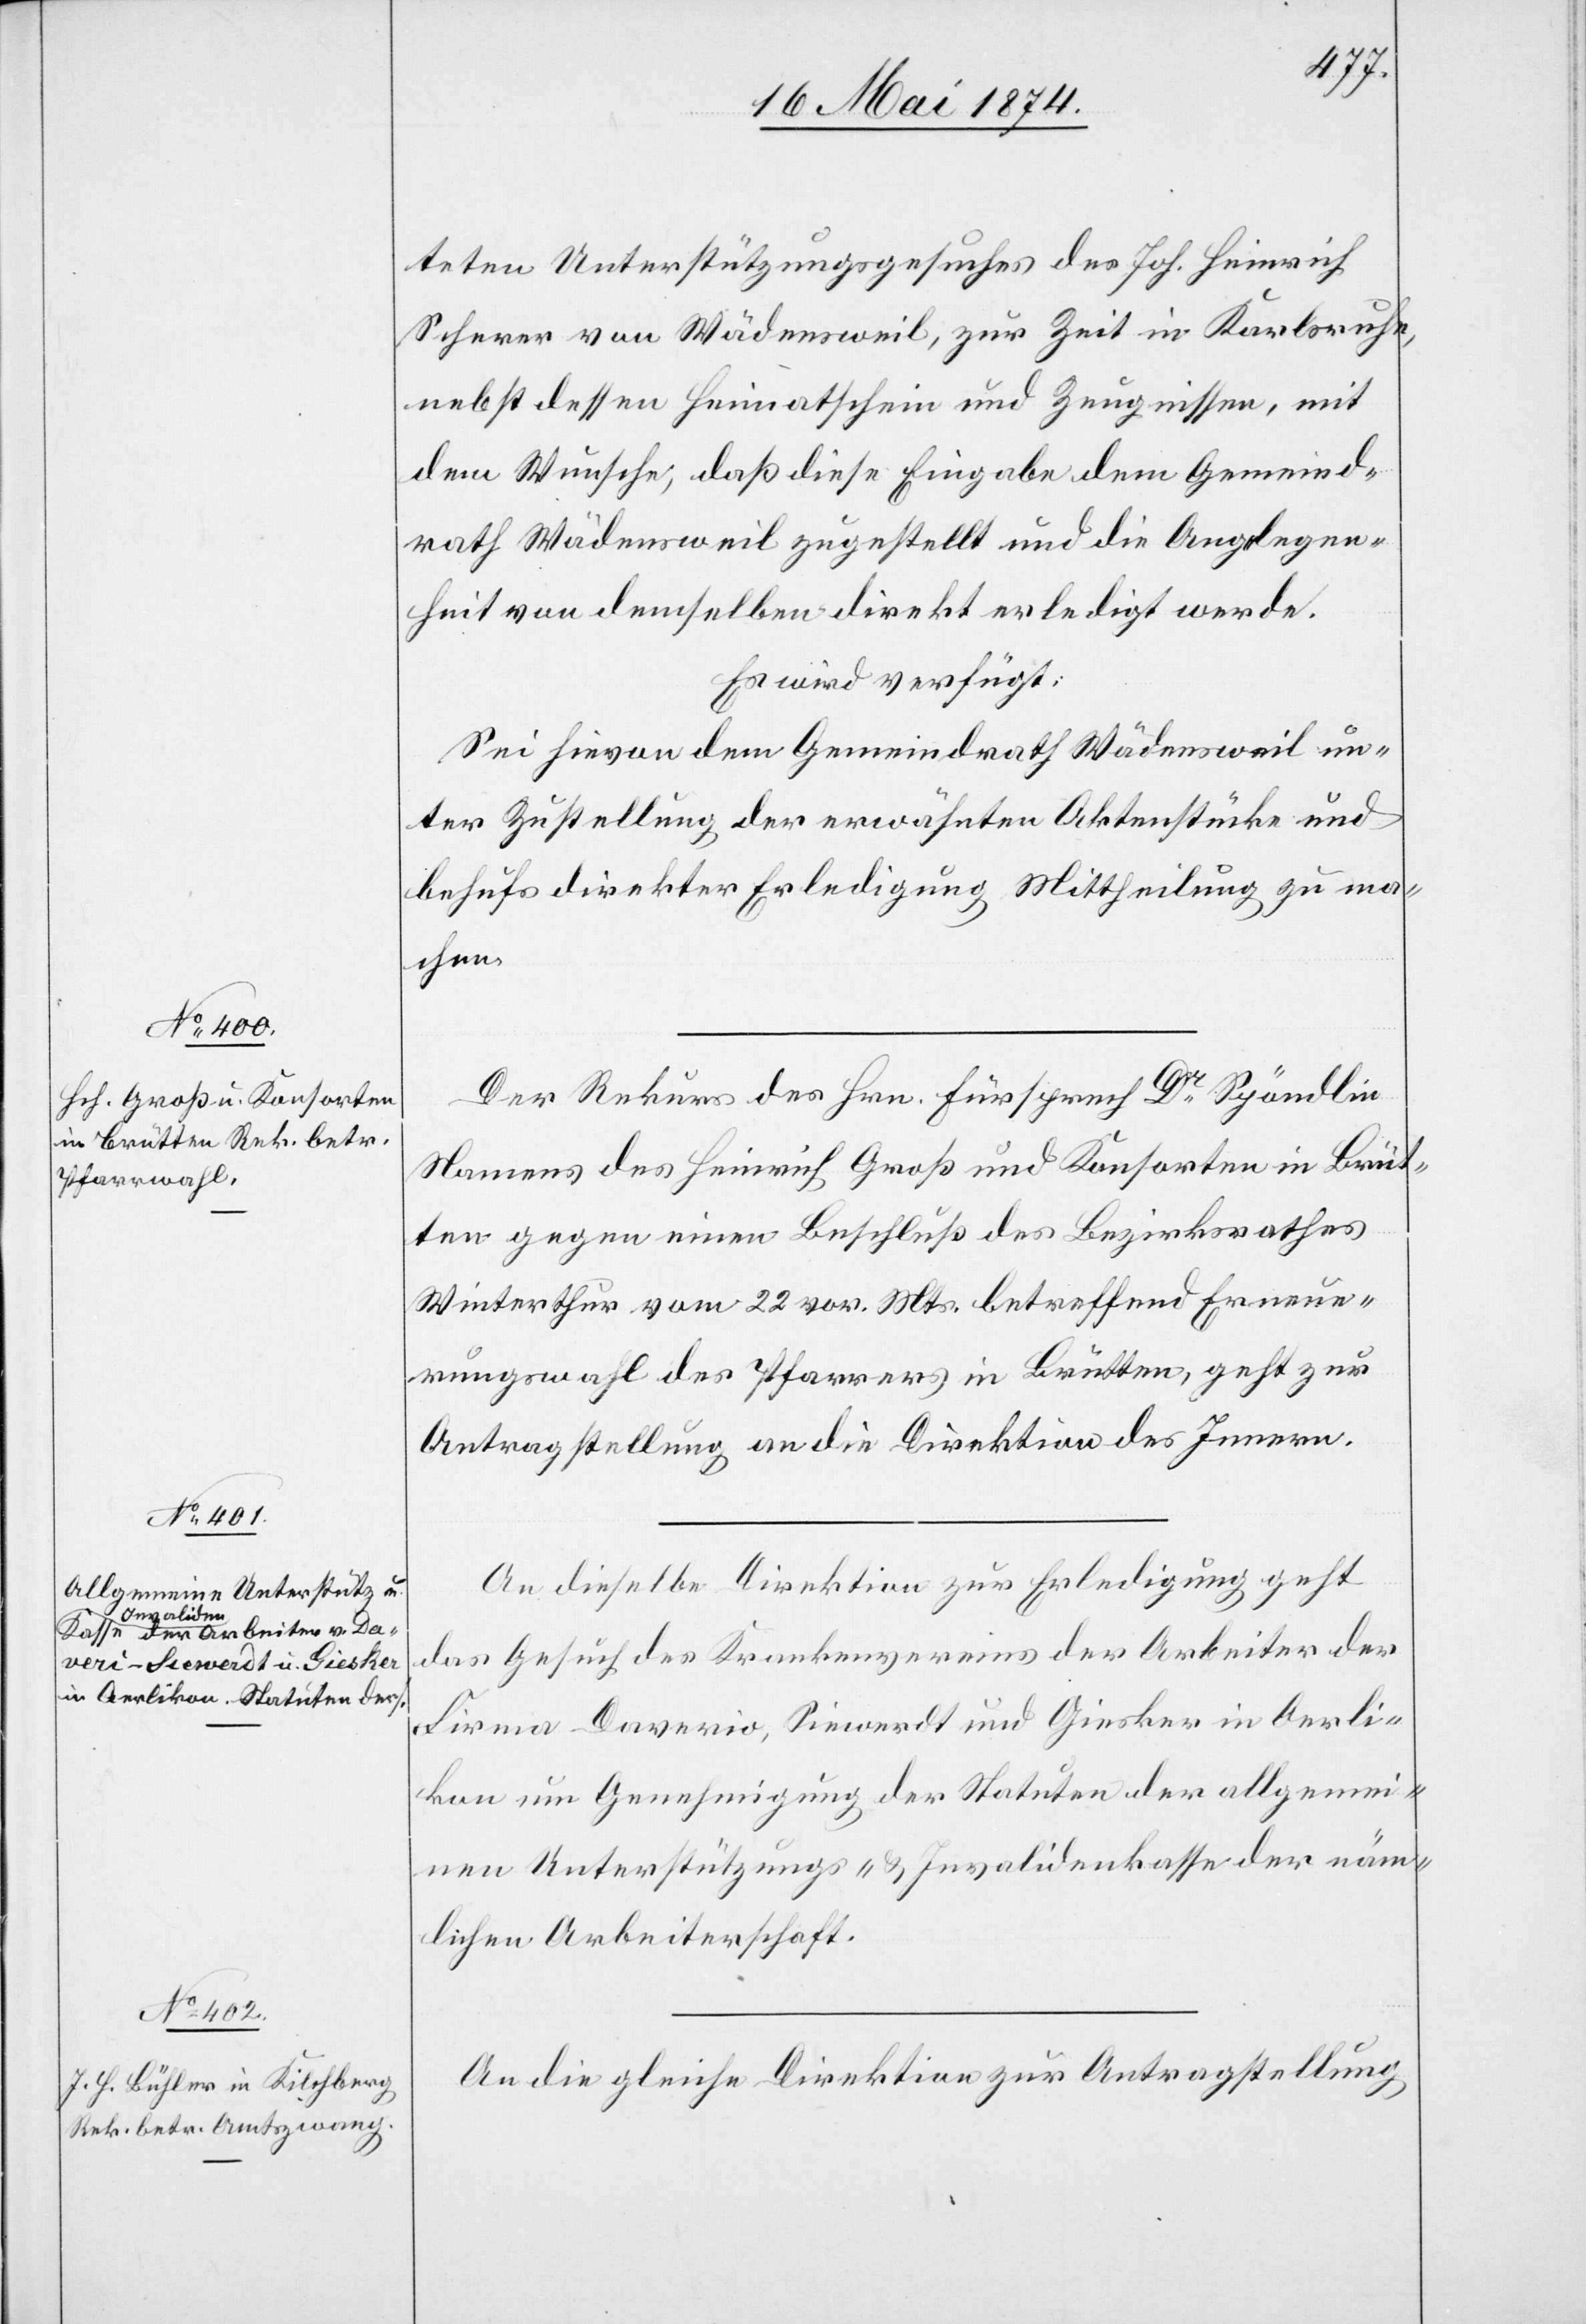
16. Mai 1874.]
teten Unterstützungsgesuches des Joh. Heinrich
Scherer von Wädensweil, zur Zeit in Karlsruhe,
nebst dessen Heimatschein und Zeugnissen, mit
dem Wunsche, daß diese Eingabe dem Gemeinde¬
rath Wädensweil zugestellt und die Angelegen¬
heit von demselben direkt erledigt werde.
Es wird verfügt:
Sei hievon dem Gemeindrath Wädensweil un¬
ter Zustellung der erwähnten Aktenstücke und
behufs direkter Erledigung Mittheilung zu ma¬
chen.
Der Rekurs des Hrn. Fürsprech Dr Spöndlin
Namens des Heinrich Groß und Konsorten in Brüt¬
ten gegen einen Beschluß des Bezirksrathes
Winterthur vom 22. vor. Mts. betreffend Erneue¬
rungswahl des Pfarrers in Brütten, geht zur
Antragstellung an die Direktion des Innern.
An dieselbe Direktion zur Erledigung geht
das Gesuch des Krankenvereins der Arbeiter der
Firma Daverio, Siewerdt und Giesker in Oerli¬
kon um Genehmigung der Statuten der allgemei¬
nen Unterstützungs- u. Invalidenkasse der näm¬
lichen Arbeiterschaft.
An die gleiche Direktion zur Antragstellung